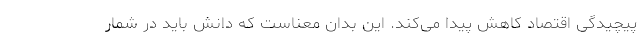
پیچیدگی اقتصاد کاهش پیدا می‌کند. این بدان معناست که دانش باید در شمار